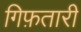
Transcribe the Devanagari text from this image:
गिफ़तारी